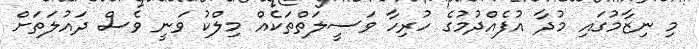
މި ނިޒާމުގައި މުދާ އުފެއްދުމުގެ ހުރިހާ ވަސީލަތްތަކެއް މިލްކު ވަނީ ވެސް ދައުލަތަށް